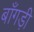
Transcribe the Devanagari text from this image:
बाँगड़ी